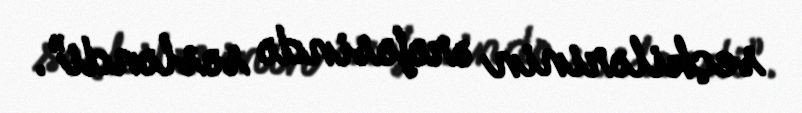
seçkilərinin ərəfəsində səsləndi”.